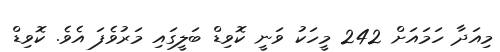
މިއަދާ ހަމައަށް 242 މީހަކު ވަނީ ކޮވިޑް ބަލީގައި މަރުވެފަ އެވެ. ކޮވިޑް